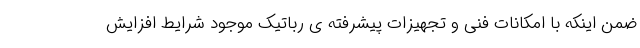
ضمن اینکه با امکانات فنی و تجهیزات پیشرفته ی رباتیک موجود شرایط افزایش